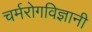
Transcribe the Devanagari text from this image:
चर्मरोगविज्ञानी